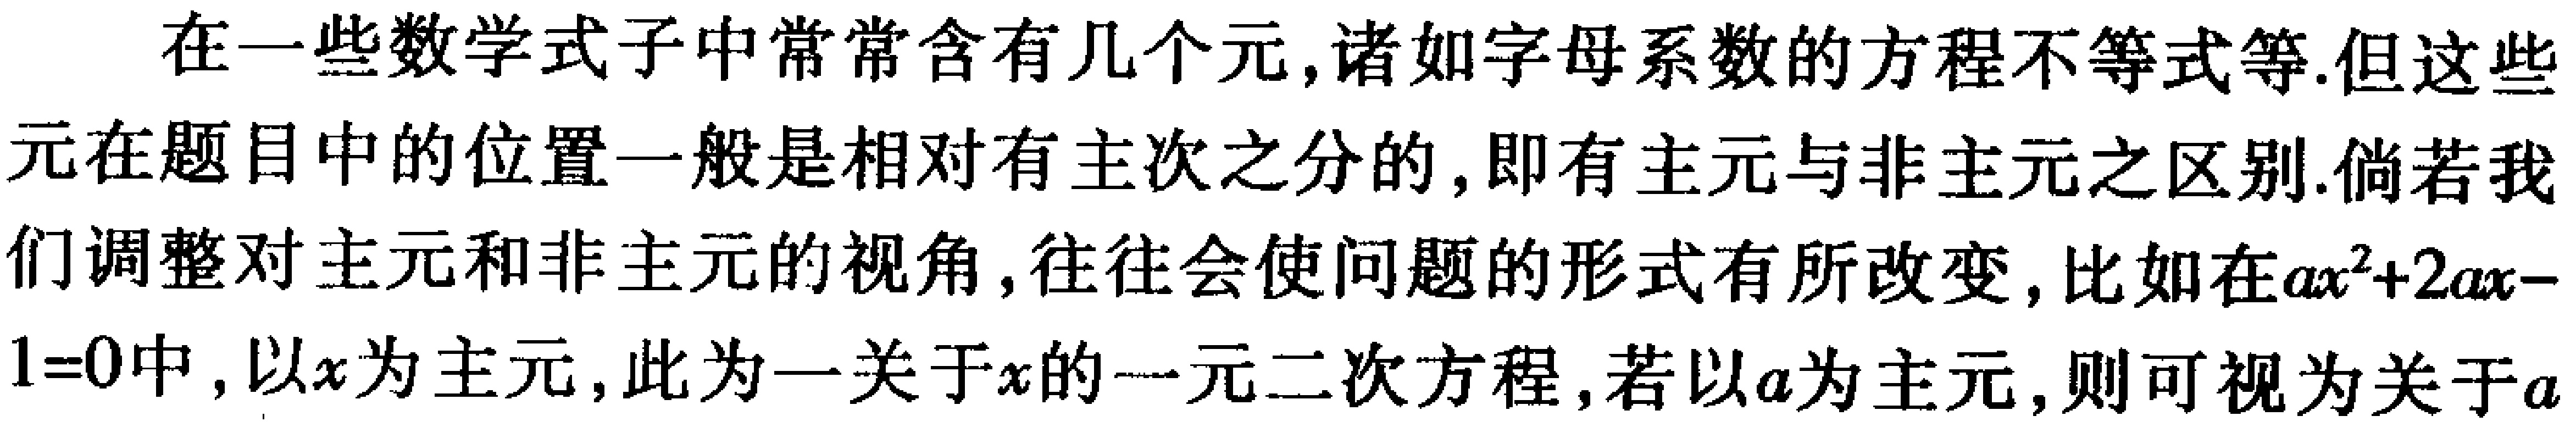
在一些数学式子中常常含有几个元,诸如字母系数的方程不等式等.但这些元在题目中的位置一般是相对有主次之分的,即有主元与非主元之区别.倘若我们调整对主元和非主元的视角,往往会使问题的形式有所改变,比如在\(ax^{2}+2ax - 1 = 0\)中,以\(x\)为主元,此为一关于\(x\)的一元二次方程,若以\(a\)为主元,则可视为关于\(a\)